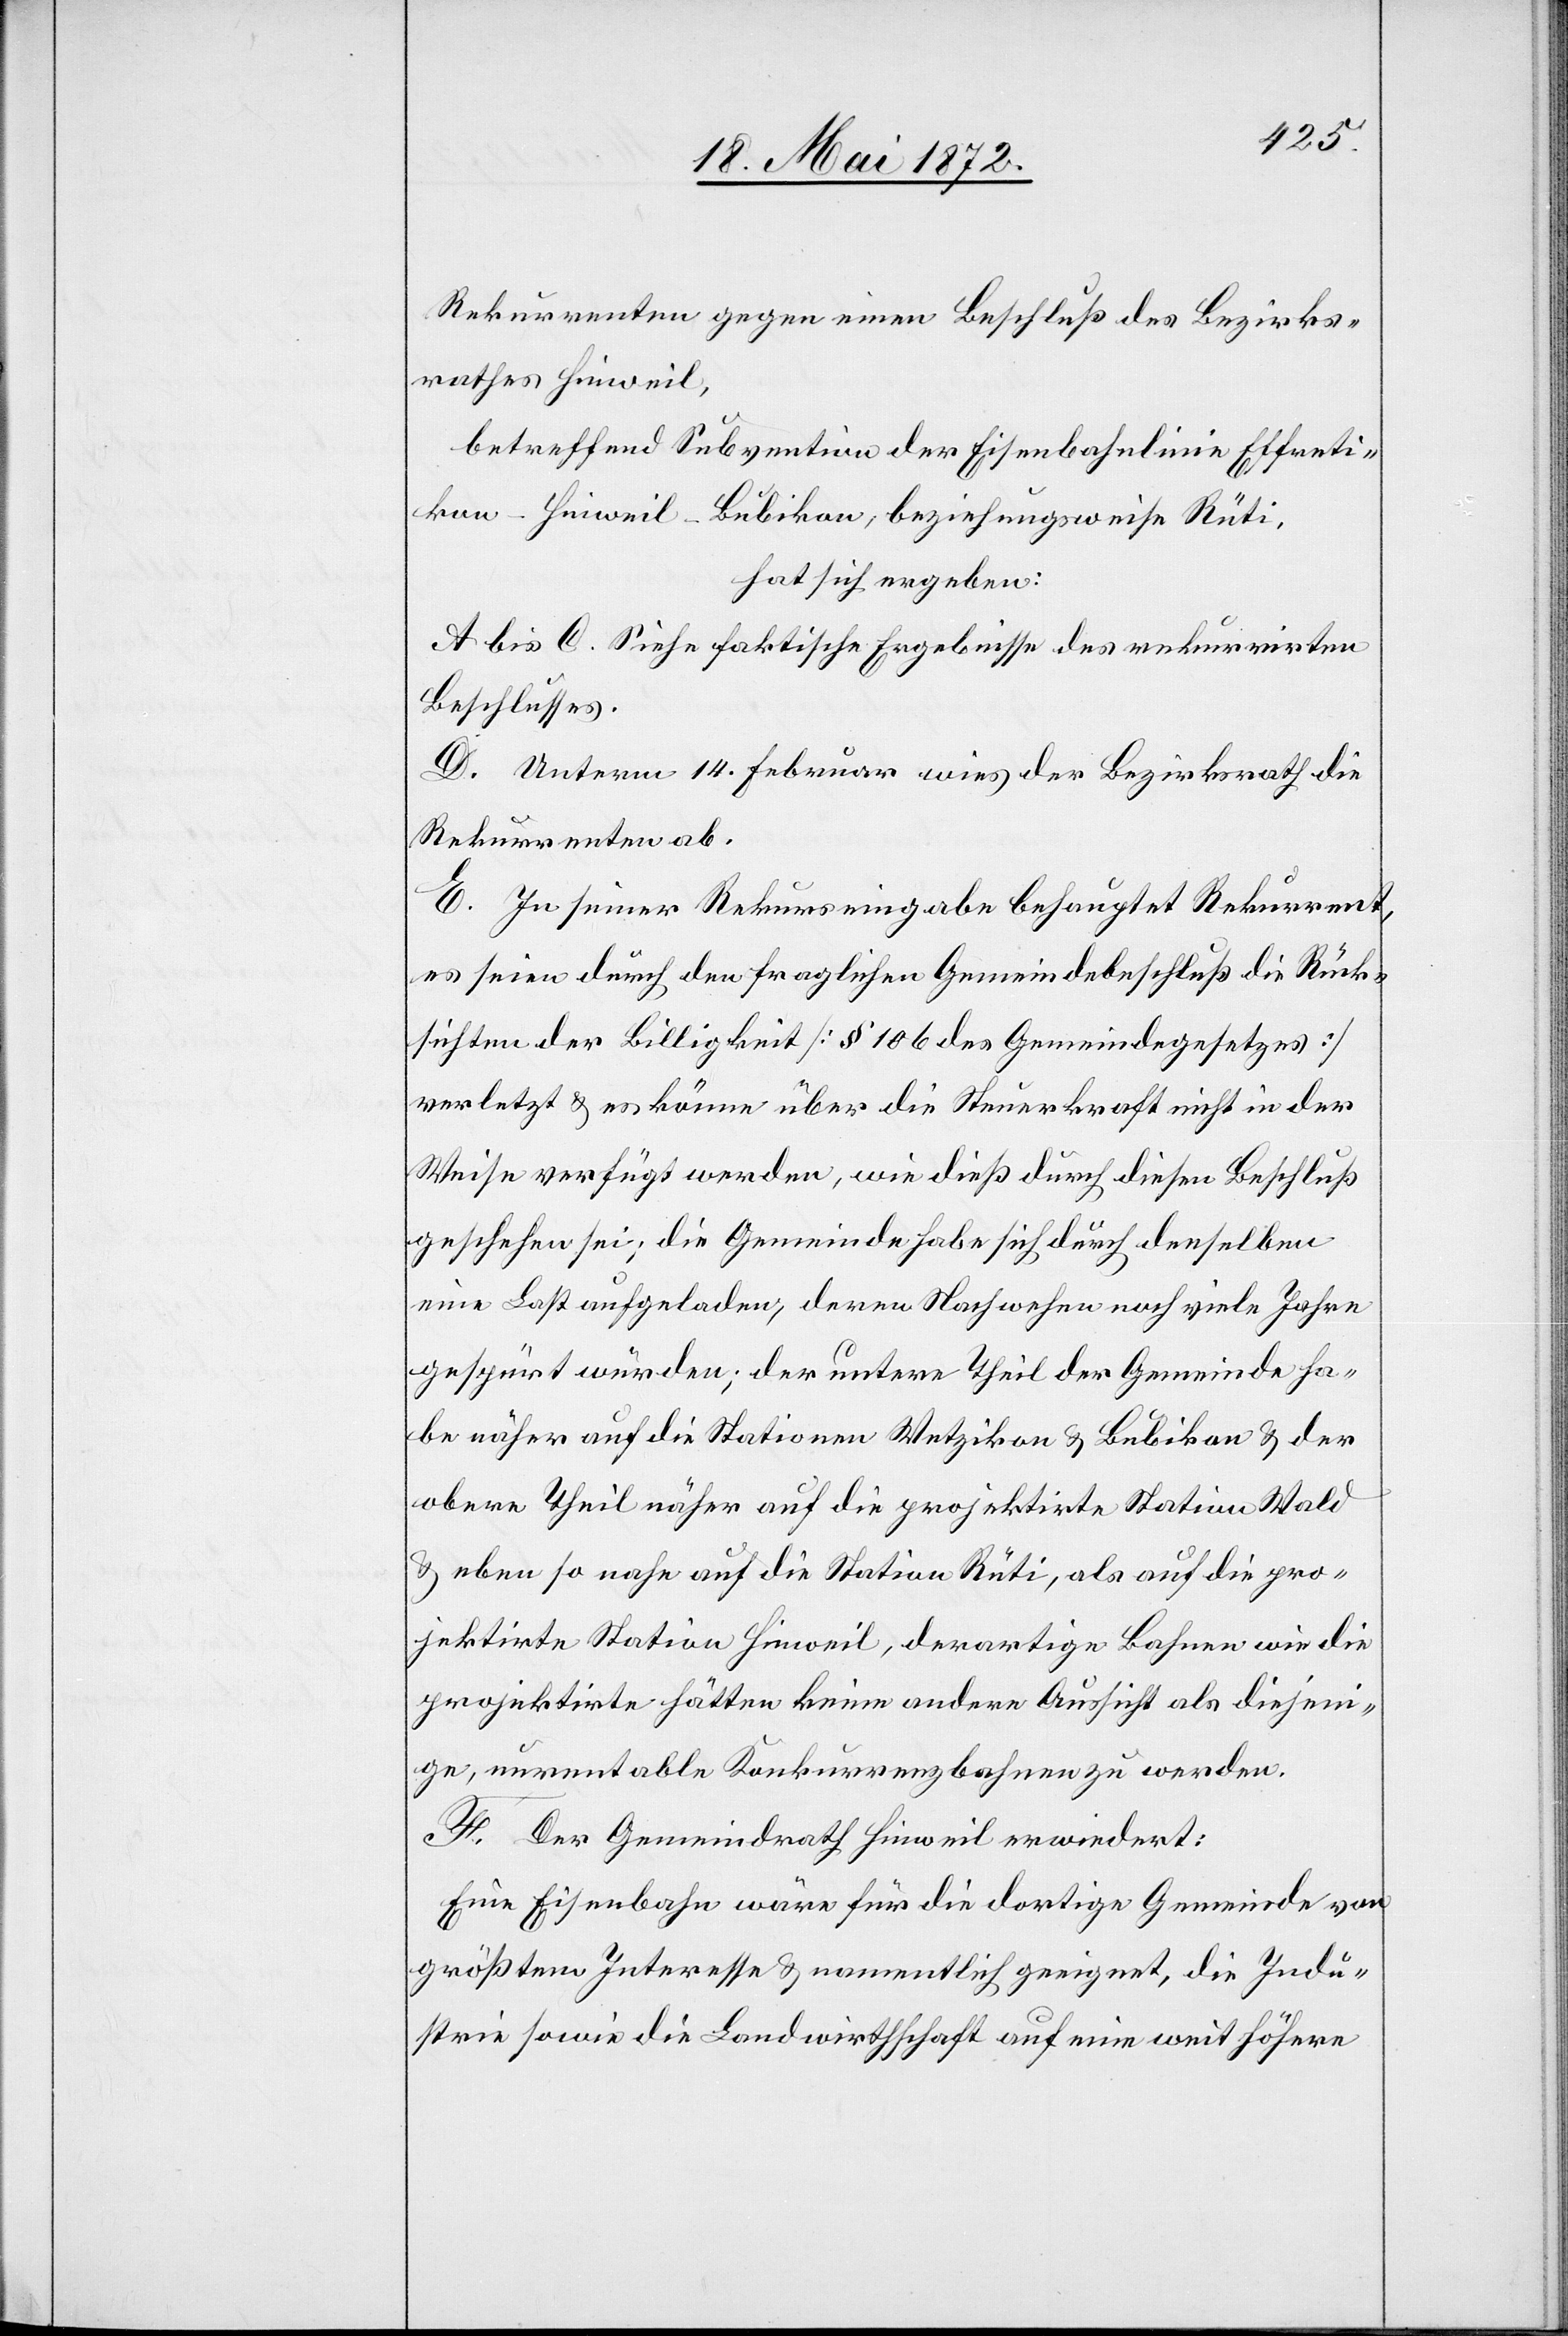
Rekurrenten gegen einen Beschluß des Bezirks¬
rathes Hinweil,
betreffend Subvention der Eisenbahnlinie Effreti¬
kon–Hinweil–Bubikon, beziehungsweise Rüti,
hat sich ergeben:
A. bis C. Siehe faktische Ergebnisse des rekurrirten
Beschlusses.
D. Unterm 14. Februar wies der Bezirksrath die
Rekurrenten ab.
E. In seiner Rekurseingabe behauptet Rekurrent,
es seien durch den fraglichen Gemeindebeschluß die Rück¬
sichten der Billigkeit [§ 106 des Gemeindegesetzes]
verletzt u. es könne über die Steuerkraft nicht in der
Weise verfügt werden, wie dieß durch diesen Beschluß
geschehen sei; die Gemeinde habe sich durch denselben
eine Last aufgeladen, deren Nachwehen noch viele Jahre
gespürt würden; der untere Theil der Gemeinde ha¬
be näher auf die Stationen Wetzikon u. Bubikon u. der
obere Theil näher auf die projektirte Station Wald
u. eben so nahe auf die Station Rüti, als auf die pro¬
jektirte Station Hinweil, derartige Bahnen wie die
projektirte hätten keine andere Aussicht als diejeni¬
ge, unrentable Konkurrenzbahnen zu werden.
F. Der Gemeindrath Hinweil erwiedert:
Eine Eisenbahn wäre für die dortige Gemeinde von
größtem Interesse u. namentlich geeignet, die Indu¬
strie sowie die Landwirthschaft auf eine weit höhere